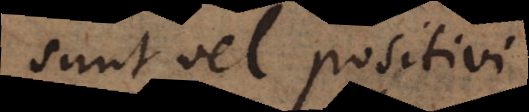
sunt vel positivi